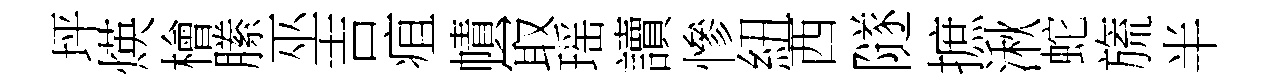
坪煐檜縢巫吉疽幘冣瑶讀慘紐西隧摭湫蛇旒半